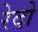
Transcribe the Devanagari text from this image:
रेदो